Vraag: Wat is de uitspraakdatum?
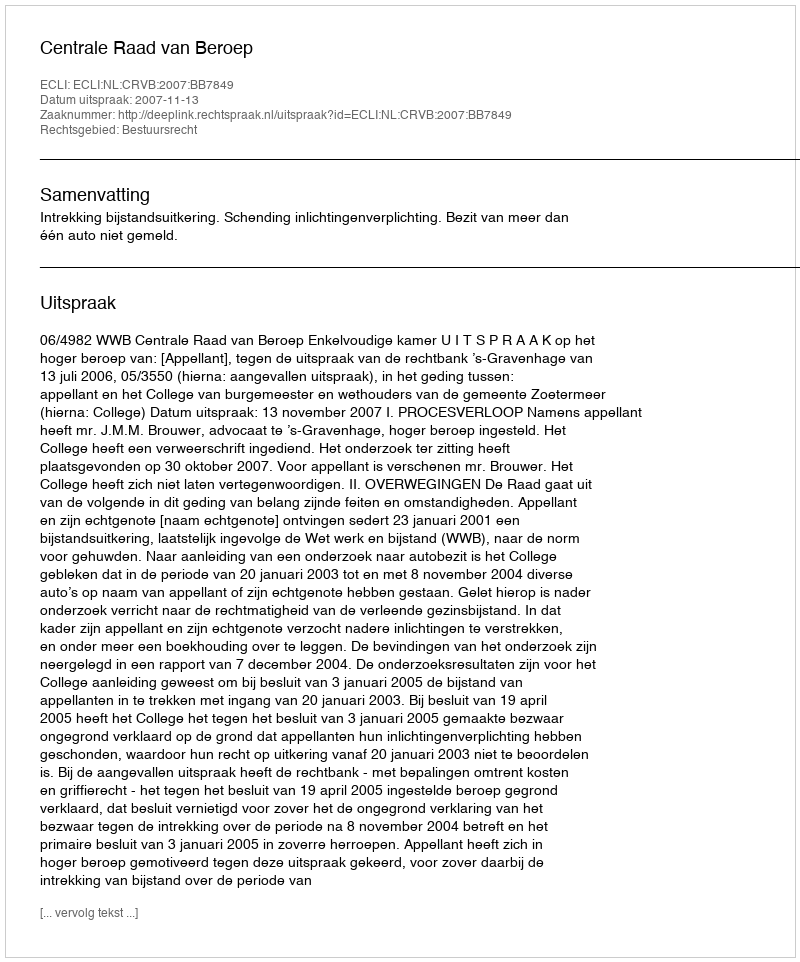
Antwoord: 2007-11-13